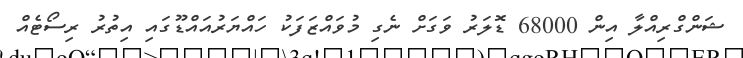
ޝަންގްރިއްލާ އިން 68000 ޑޮލަރު ވަގަށް ނެގި މުވައްޒަފަކު ހައްޔަރުއައްޑޫގައި އިތުރު ރިސޯޓެއް